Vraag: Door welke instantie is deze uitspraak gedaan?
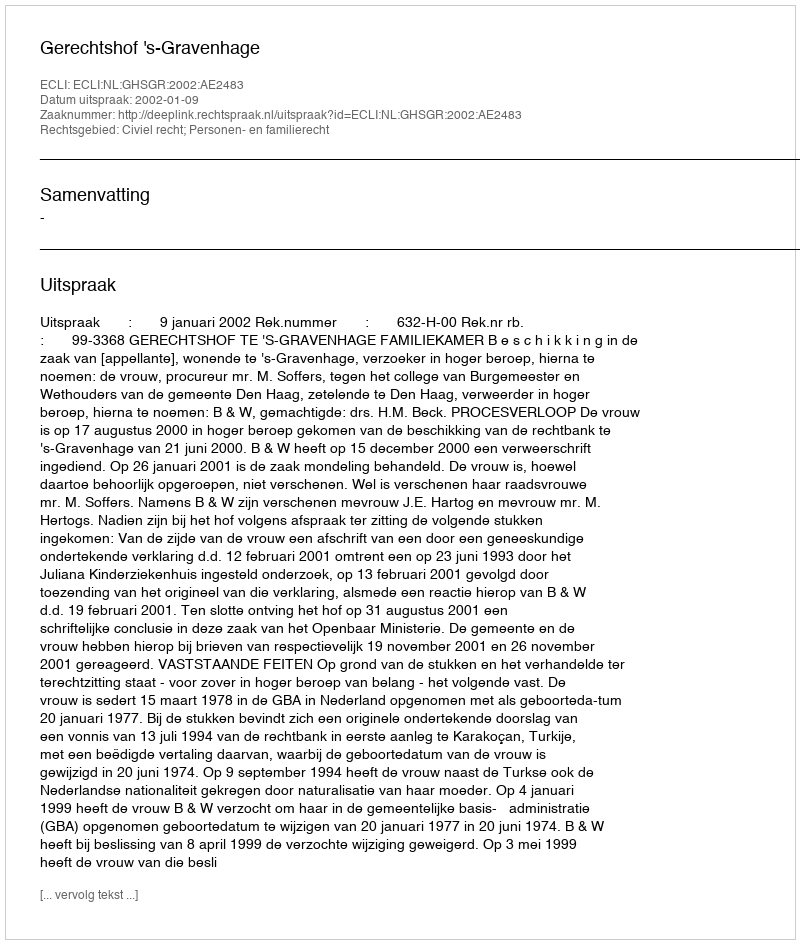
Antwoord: Gerechtshof 's-Gravenhage